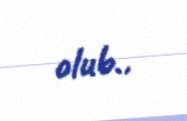
olub..